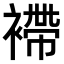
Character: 𧜵